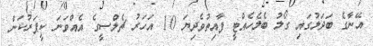
އޭނާގެ ބަދަލުގައި ގޯލު ބެލެހެއްޓީ ފާއިތުވެދިޔަ 10 އަހަރު ޗެލްސީގެ އެއްވަނަ ކީޕަރުކަން